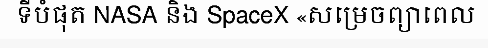
ទីបំផុត NASA និង SpaceX «សម្រេចព្យាពេល